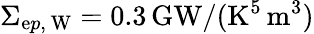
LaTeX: \Sigma_{\mathrm{e}p,\, \mathrm{{W}}}=0.3\, \mathrm{{GW}}/(\mathrm{{K}}^{5}\, \mathrm{{m}}^{3})